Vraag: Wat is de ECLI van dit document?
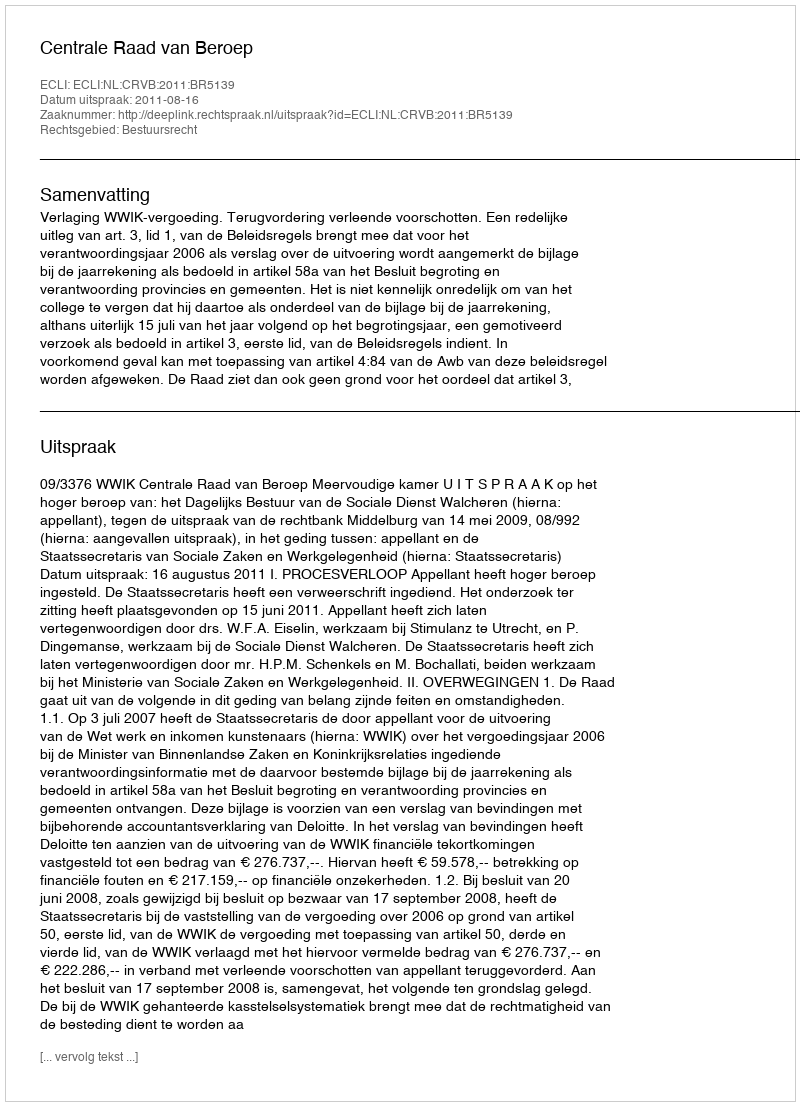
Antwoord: ECLI:NL:CRVB:2011:BR5139